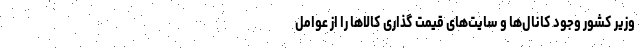
وزیر کشور وجود کانال‌ها و سایت‌های قیمت گذاری کالاها را از عوامل